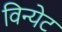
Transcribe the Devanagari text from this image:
विन्येट